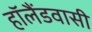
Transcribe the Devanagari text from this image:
हॉलैंडवासी